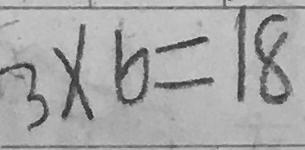
3 \times 6 = 1 8